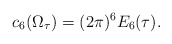
\begin{align*}c_6(\Omega_{\tau})=(2\pi)^6 E_6(\tau).\end{align*}